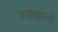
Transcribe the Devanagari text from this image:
कर्ककाल्डी